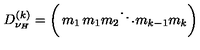
D _ { \nu _ { H } } ^ { ( k ) } = \left( \begin{matrix} { m _ { 1 } } & { } & { } \\ { } & { m _ { 1 } m _ { 2 } } & { } \\ { } & { } & { \ddots } & { } \\ { } & { } & { } & { m _ { k - 1 } m _ { k } } \\ \end{matrix} \right)